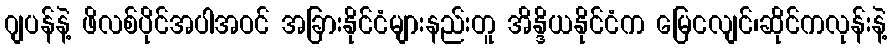
ဂျပန်နဲ့ ဖိလစ်ပိုင်အပါအဝင် အခြားနိုင်ငံများနည်းတူ အိန္ဒိယနိုင်ငံက မြေငလျင်၊ဆိုင်ကလုန်းနဲ့